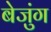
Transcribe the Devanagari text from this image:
बेजुंग